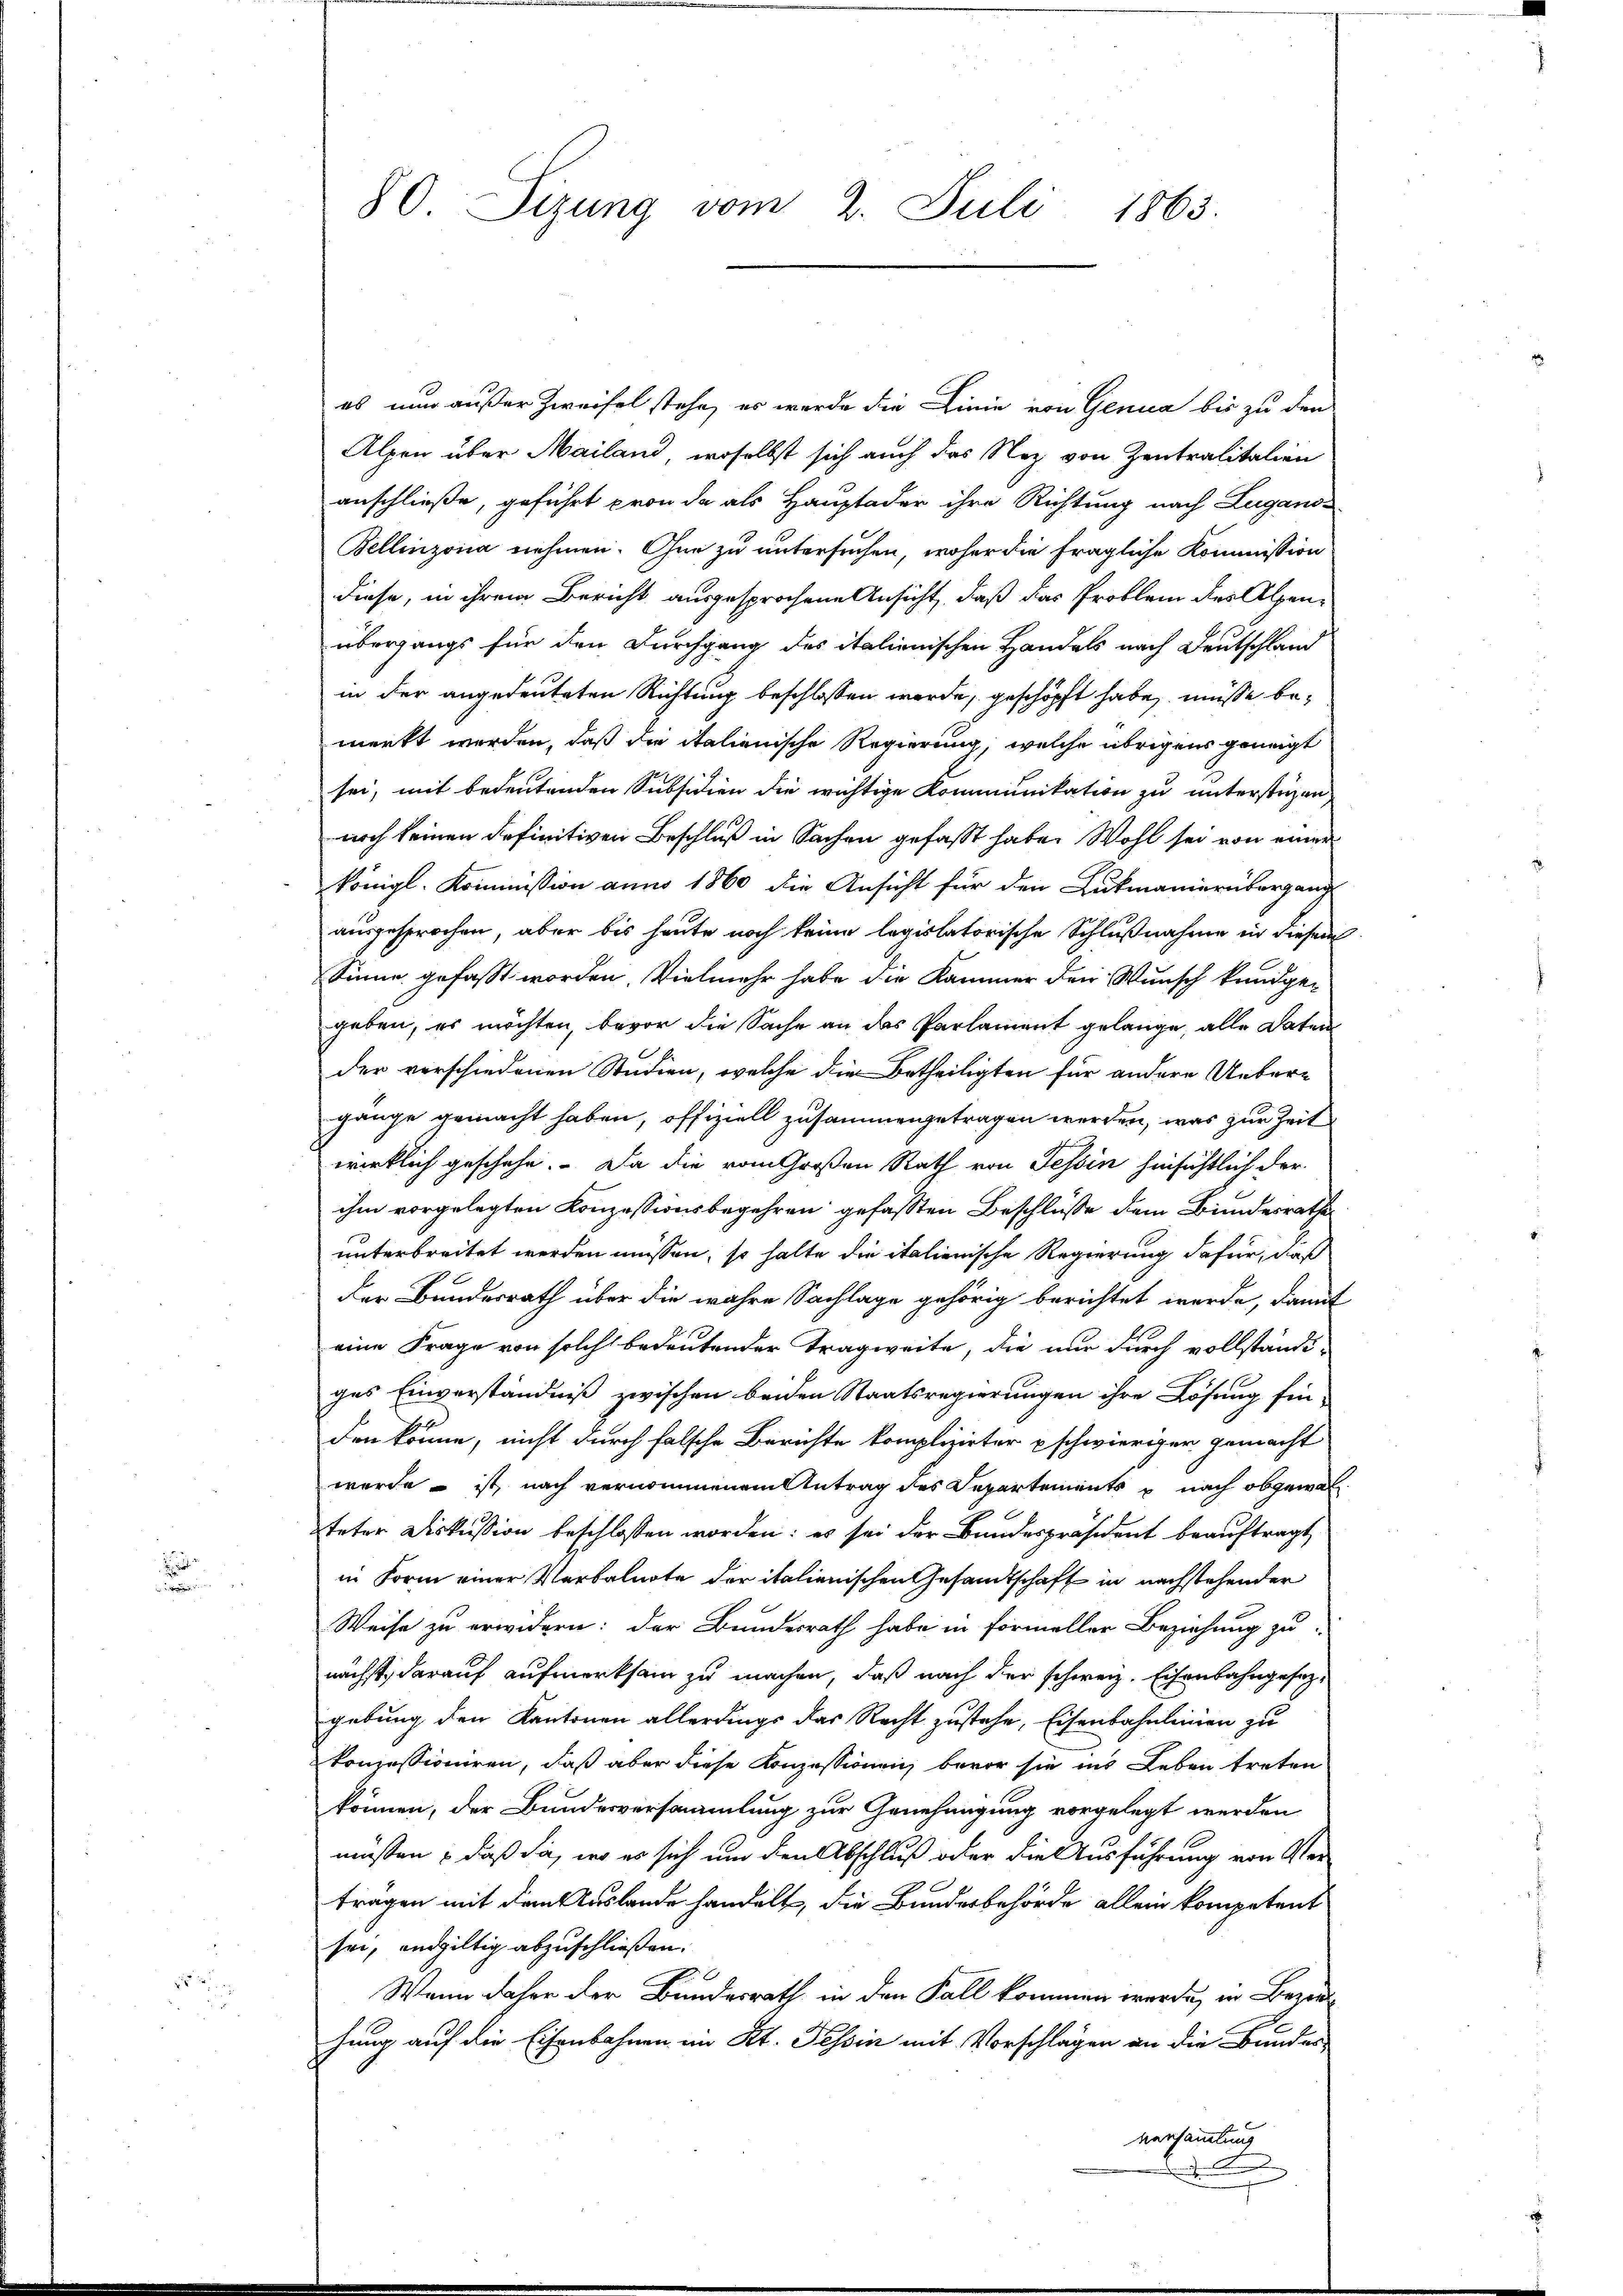
n

80. Sizung vom 2. Juli 1863.

es nun außer Zweifel stehe, es werde die Linie von Genua bis zu den
Alpen über Mailand, woselbst sich auch das Nez von Zentralitalien
anschließe, geführt pron da als Hauptader ihre Richtung nach Luganos
Bellinzona nehmen. Ohne zu untersuchen, woher die fragliche Kommission
diese, in ihrem Bericht ausgesprochene Ansicht, daß das Problem des Alpenübergangs für den Durchgang des italienischen Handels nach Deutschlam
in der angedeuteten Richtung beschlossen werde, geschöpft habe, müsse bemerkt werden, daß die italienische Regierung, welche übrigens geneigt
sei, mit bedeutenden Subsidien die wichtige Kommunikation zu unterstüzen,
noch keinen definitiven Beschluß in Sachen gefasst habe. Wohl sei von einer
königl. Kommission anno 1860 die Ansicht für den Lukmanierübergang
ausgesprochen, aber bis heute noch keine legislatorische Schlußnahme in diesem
Sinne gefasst worden. Vielmehr habe die Kammer den Wunsch kundgegeben, es möchten, bevor die Sache an das Parlament gelange, alle Daten
der verschiedenen Studien, welche die Betheiligten für andere Uebergänge gemacht haben, offiziell zusammengetragen werden, was zur Zeit
wirklich geschehe. Da die vom Großen Rath von Tessin hinsichtlich der
ihm vorgelegten Konzessionsbegehren gefassten Beschlüsse dem Bundesrathe
unterbreitet werden müssen, so halte die italienische Regierung dafür, daß
Der Bundesrath über die wahre Sachlage gehörig berichtet werde, damit
eine Frage von solch bedeutender Tragweite, die nur durch vollständi-
ges Einverständniß zwischen beiden Staatsregierungen ihre Lösung fin-
den könne, nicht durch falsche Berichte komplizirter schwieriger gemacht
werde – ist, nach vernommenem Antrag des Departements u nach obgewal
teter Diskussion beschlossen worden: es sei der Bundespräsident beauftragt,
in Form einer Verbalnote der italienischen Gesandtschaft in nachstehender
Weise zu erwidern: der Bundesrath habe in Formeller Beziehung zu
nächst, darauf aufmerksam zu machen, daß nach der schweiz. Eisenbahngesaggebung den Kantonen allerdings das Recht zustehe, Eisenbahnleinen zu
konzessioniren, daß aber diese Konzessionen, bevor sie ins Leben treten
können, der Bundesversammlung zur Genehmigung vorgelegt werden
müßen; daß da, wo es sich um den Abschluß oder die Ausführung von Vertragen mit dem Auslande handelt, die Bundesbehörde allein kompetent
sei, endgültig abzuschließen.
Wann daher der Bundesrath in den Fall kommen werde, in Bezir
hung auf die Eisenbahnen im Kt. Tessin mit Vorschlagen an die Bundes
versammlung
.